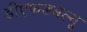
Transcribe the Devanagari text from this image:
डीएफडबल्‍यू